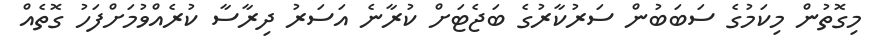
މިގޮތުން މިކަމުގެ ސަބަބުން ސަރުކާރުގެ ބަޖެޓަށް ކުރާނެ އަސަރު ދިރާސާ ކުރެއްވުމަށްފަހު ގޮތެއް